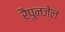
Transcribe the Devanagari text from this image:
रैपुनजेल